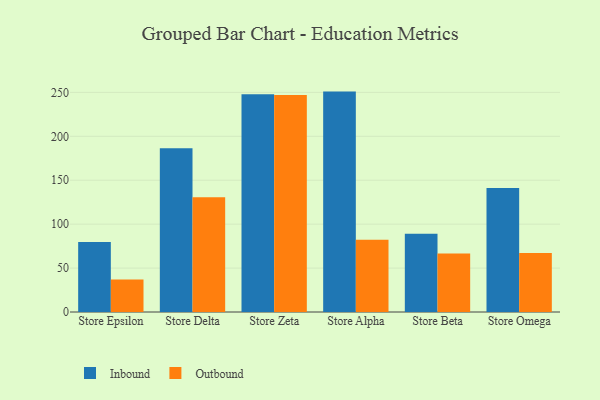
{"axis": {"x": "Store", "y": "Bounce Rate (%)"}, "legend": ["Inbound", "Outbound"], "data": [{"x": "Store Epsilon", "y": 79.7, "type": "Inbound"}, {"x": "Store Epsilon", "y": 37.0, "type": "Outbound"}, {"x": "Store Delta", "y": 186.4, "type": "Inbound"}, {"x": "Store Delta", "y": 130.6, "type": "Outbound"}, {"x": "Store Zeta", "y": 247.8, "type": "Inbound"}, {"x": "Store Zeta", "y": 246.9, "type": "Outbound"}, {"x": "Store Alpha", "y": 250.9, "type": "Inbound"}, {"x": "Store Alpha", "y": 82.3, "type": "Outbound"}, {"x": "Store Beta", "y": 89.0, "type": "Inbound"}, {"x": "Store Beta", "y": 66.7, "type": "Outbound"}, {"x": "Store Omega", "y": 141.1, "type": "Inbound"}, {"x": "Store Omega", "y": 67.3, "type": "Outbound"}]}